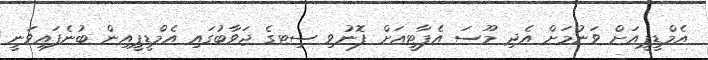
އެމްޑީޕީއަށް ވަނުމަށް އެދި މޫސަ އެޕާޓީއަށް ފޮނުވި ސިޓގެ ޖަވާބުގައި އެމްޑީޕީއިން ބުނެފައިވަނީ